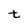
Character: t